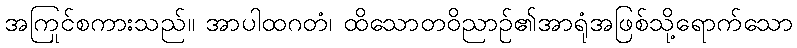
အကြင်စကားသည်။ အာပါထဂတံ၊ ထိုသောတဝိညာဉ်၏အာရုံအဖြစ်သို့ရောက်သော